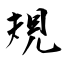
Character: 規